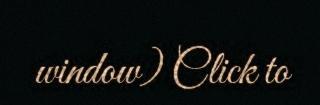
window) Click to